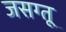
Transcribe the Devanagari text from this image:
जसग्तू